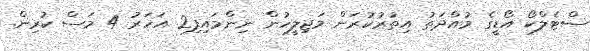
ސްޓެލްކޯ އޯޑީގެ މުއްދަތު އިތުރުކުރަން މަޖިލީހުން ނިންމައިފި2 އަހަރު 4 މަސް ކުރިން.